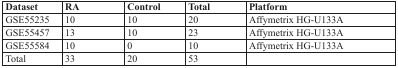
| Dataset | RA | Control | Total | Platform |
 | --- | --- | --- | --- | --- |
 | GSE55235 | 10 | 10 | 20 | Affymetrix HG-U133A |
 | GSE55457 | 13 | 10 | 23 | Affymetrix HG-U133A |
 | GSE55584 | 10 | 0 | 10 | Affymetrix HG-U133A |
 | Total | 33 | 20 | 53 |  |